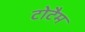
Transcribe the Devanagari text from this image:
टोटैम